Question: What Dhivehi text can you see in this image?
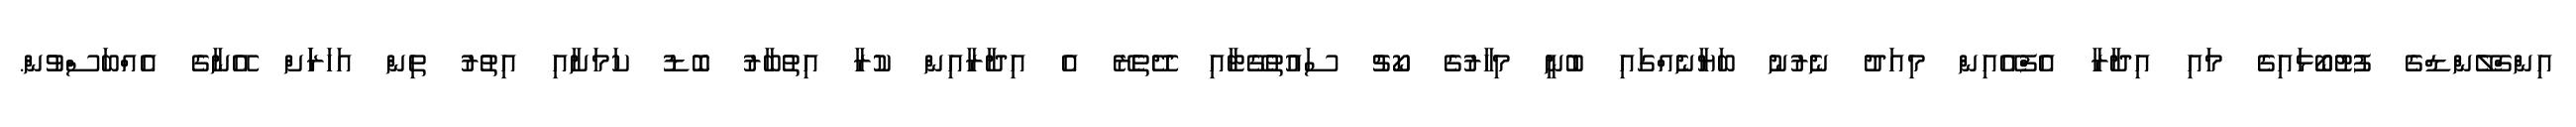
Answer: އިންގްލޭންޑްގެ ފުޓުބޯޅައިގެ މައި އިދާރާ އެފްއޭއިން މިއަދު ނެރުނު ބަޔާނެއްގައި ބުނީ މިހާރުގެ ކޯޗު ސައުތުގޭޓާއި ދޭތެރޭ އެ އިދާރާއިން ކުރާ އިތުބާރު ބޮޑު ކަމަށާއި އިތުރު ތިން އަހަރަަށް އޭނާގެ އެއްބަސްވުން.